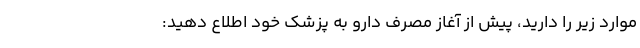
موارد زیر را دارید، پیش از آغاز مصرف دارو به پزشک خود اطلاع دهید: